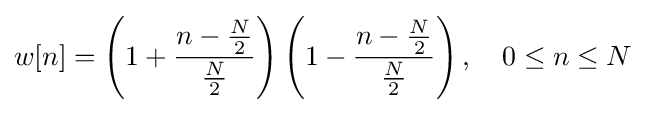
w[n]=\left(1+{\frac {n-{\frac {N}{2}}}{\frac {N}{2}}}\right)\left(1-{\frac {n-{\frac {N}{2}}}{\frac {N}{2}}}\right),\quad 0\leq n\leq N